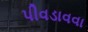
પીવડાવવા